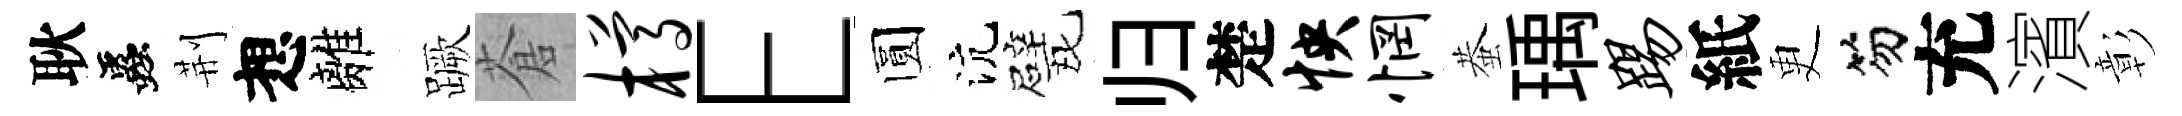
耿蟲荆想離蹶蒼樽E圆沆戏归楚怏惘蛬瑀踢紙更笏充濱彰